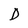
Character: D